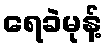
ရေခဲမုန့်